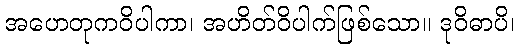
အဟေတုကဝိပါကာ၊ အဟိတ်ဝိပါက်ဖြစ်သော။ ဒုဝိဓာပိ၊